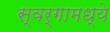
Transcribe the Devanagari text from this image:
स्वर्गामध्ये